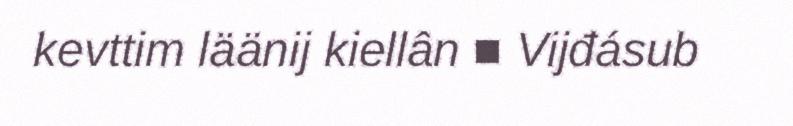
kevttim läänij kiellân ■ Vijđásub